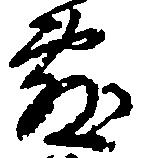
敷